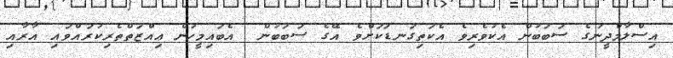
އިސްލާމްދީނުގެ ސަބަބުން އެކުވެރިވެ އެކަތިގަނޑަކަށްވެ އޭގެ ސަބަބުން  އެބައިމީހުން ޢިއްޒަތްތެރިކުރައްވައި އާރާއި